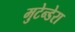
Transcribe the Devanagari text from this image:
मुटेन्डेरा